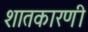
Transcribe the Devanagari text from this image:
शातकारणी